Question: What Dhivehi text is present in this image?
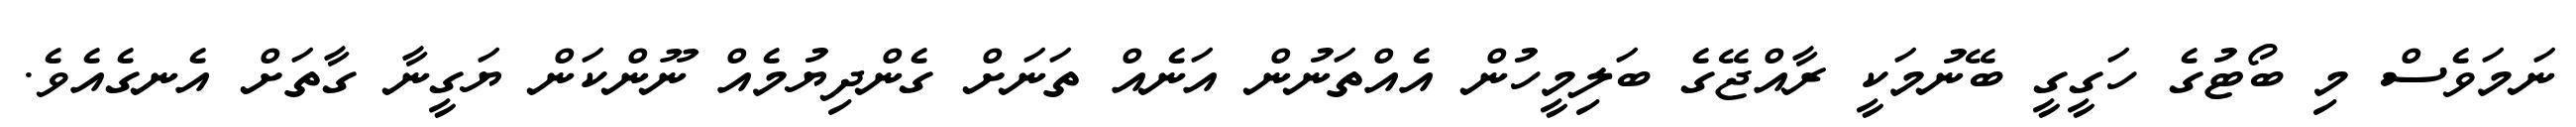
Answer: ނަމަވެސް މި ބޯޓުގެ ހަގީގީ ބޭނުމަކީ ރާއްޖޭގެ ބަލިމީހުން އެއްތަނުން އަނެއް ތަނަށް ގެންދިޔުމެއް ނޫންކަން ޔަގީނާ ގާތަށް އެނގެއެވެ.